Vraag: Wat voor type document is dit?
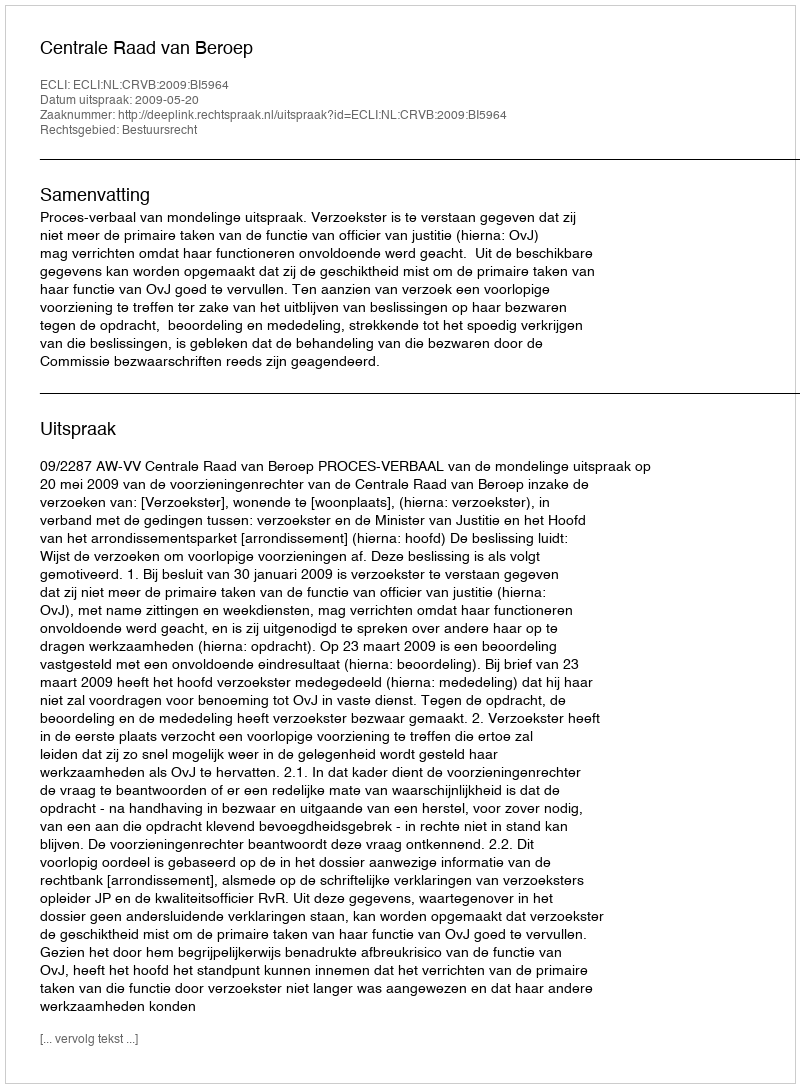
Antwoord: Uitspraak